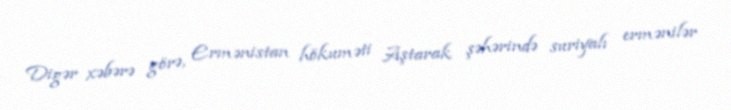
Digər xəbərə görə, Ermənistan hökuməti Aştarak şəhərində suriyalı ermənilər